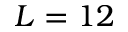
L = 1 2